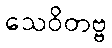
သေဝိတဗ္ဗ